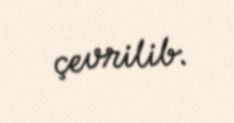
çevrilib.